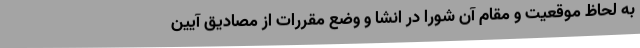
به لحاظ موقعیت و مقام آن شورا در انشا و وضع مقررات از مصادیق آیین